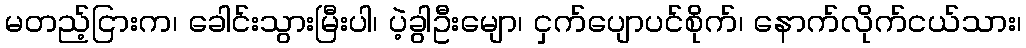
မတည့်ငြားက၊ ခေါင်းသွားမြီးပါ၊ ပဲ့ခွါဦးမျော၊ ငှက်ပျောပင်စိုက်၊ နောက်လိုက်ငယ်သား၊